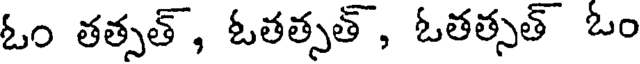
ఓం తత్సత్, ఓతత్సత్, ఓతత్సత్ ఓం